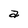
Character: a